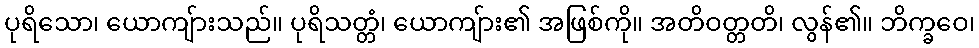
ပုရိသော၊ ယောကျ်ားသည်။ ပုရိသတ္တံ၊ ယောကျ်ား၏ အဖြစ်ကို။ အတိဝတ္တတိ၊ လွန်၏။ ဘိက္ခဝေ၊